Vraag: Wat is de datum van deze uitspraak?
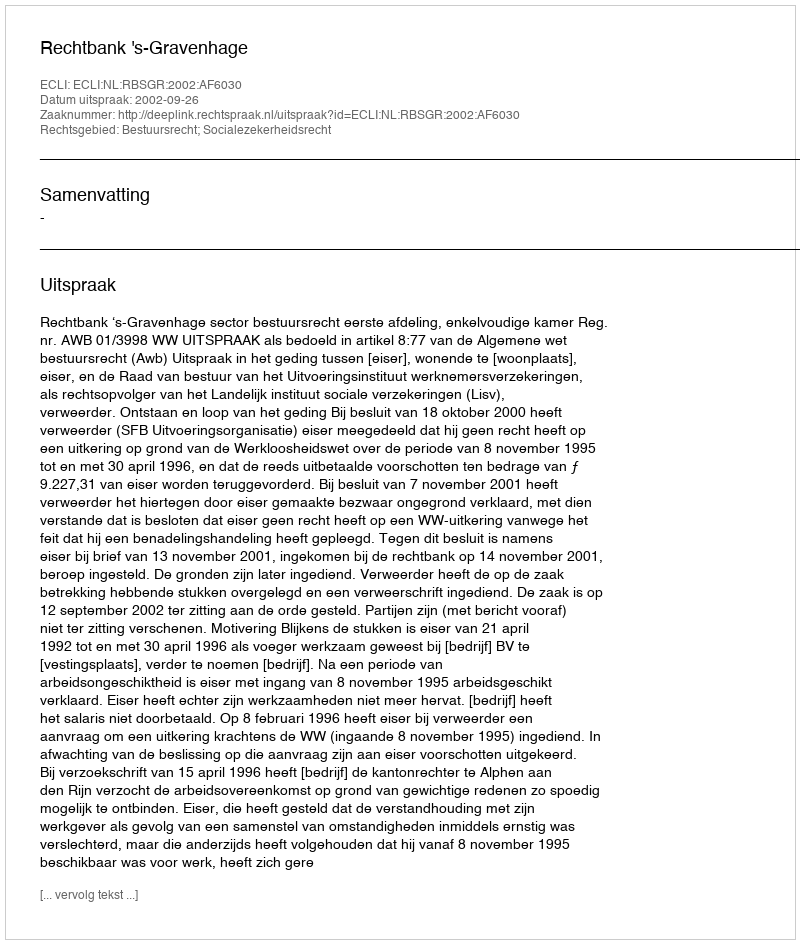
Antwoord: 2002-09-26